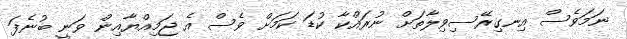
ނަމަވެސް އިނގިރޭސިވިލާތަށް ނުރައްކާ ކުޑަ ކަމަށް ވެސް އެ ޖަމިއްޔާއިން ވަނީ ބުނެފަ